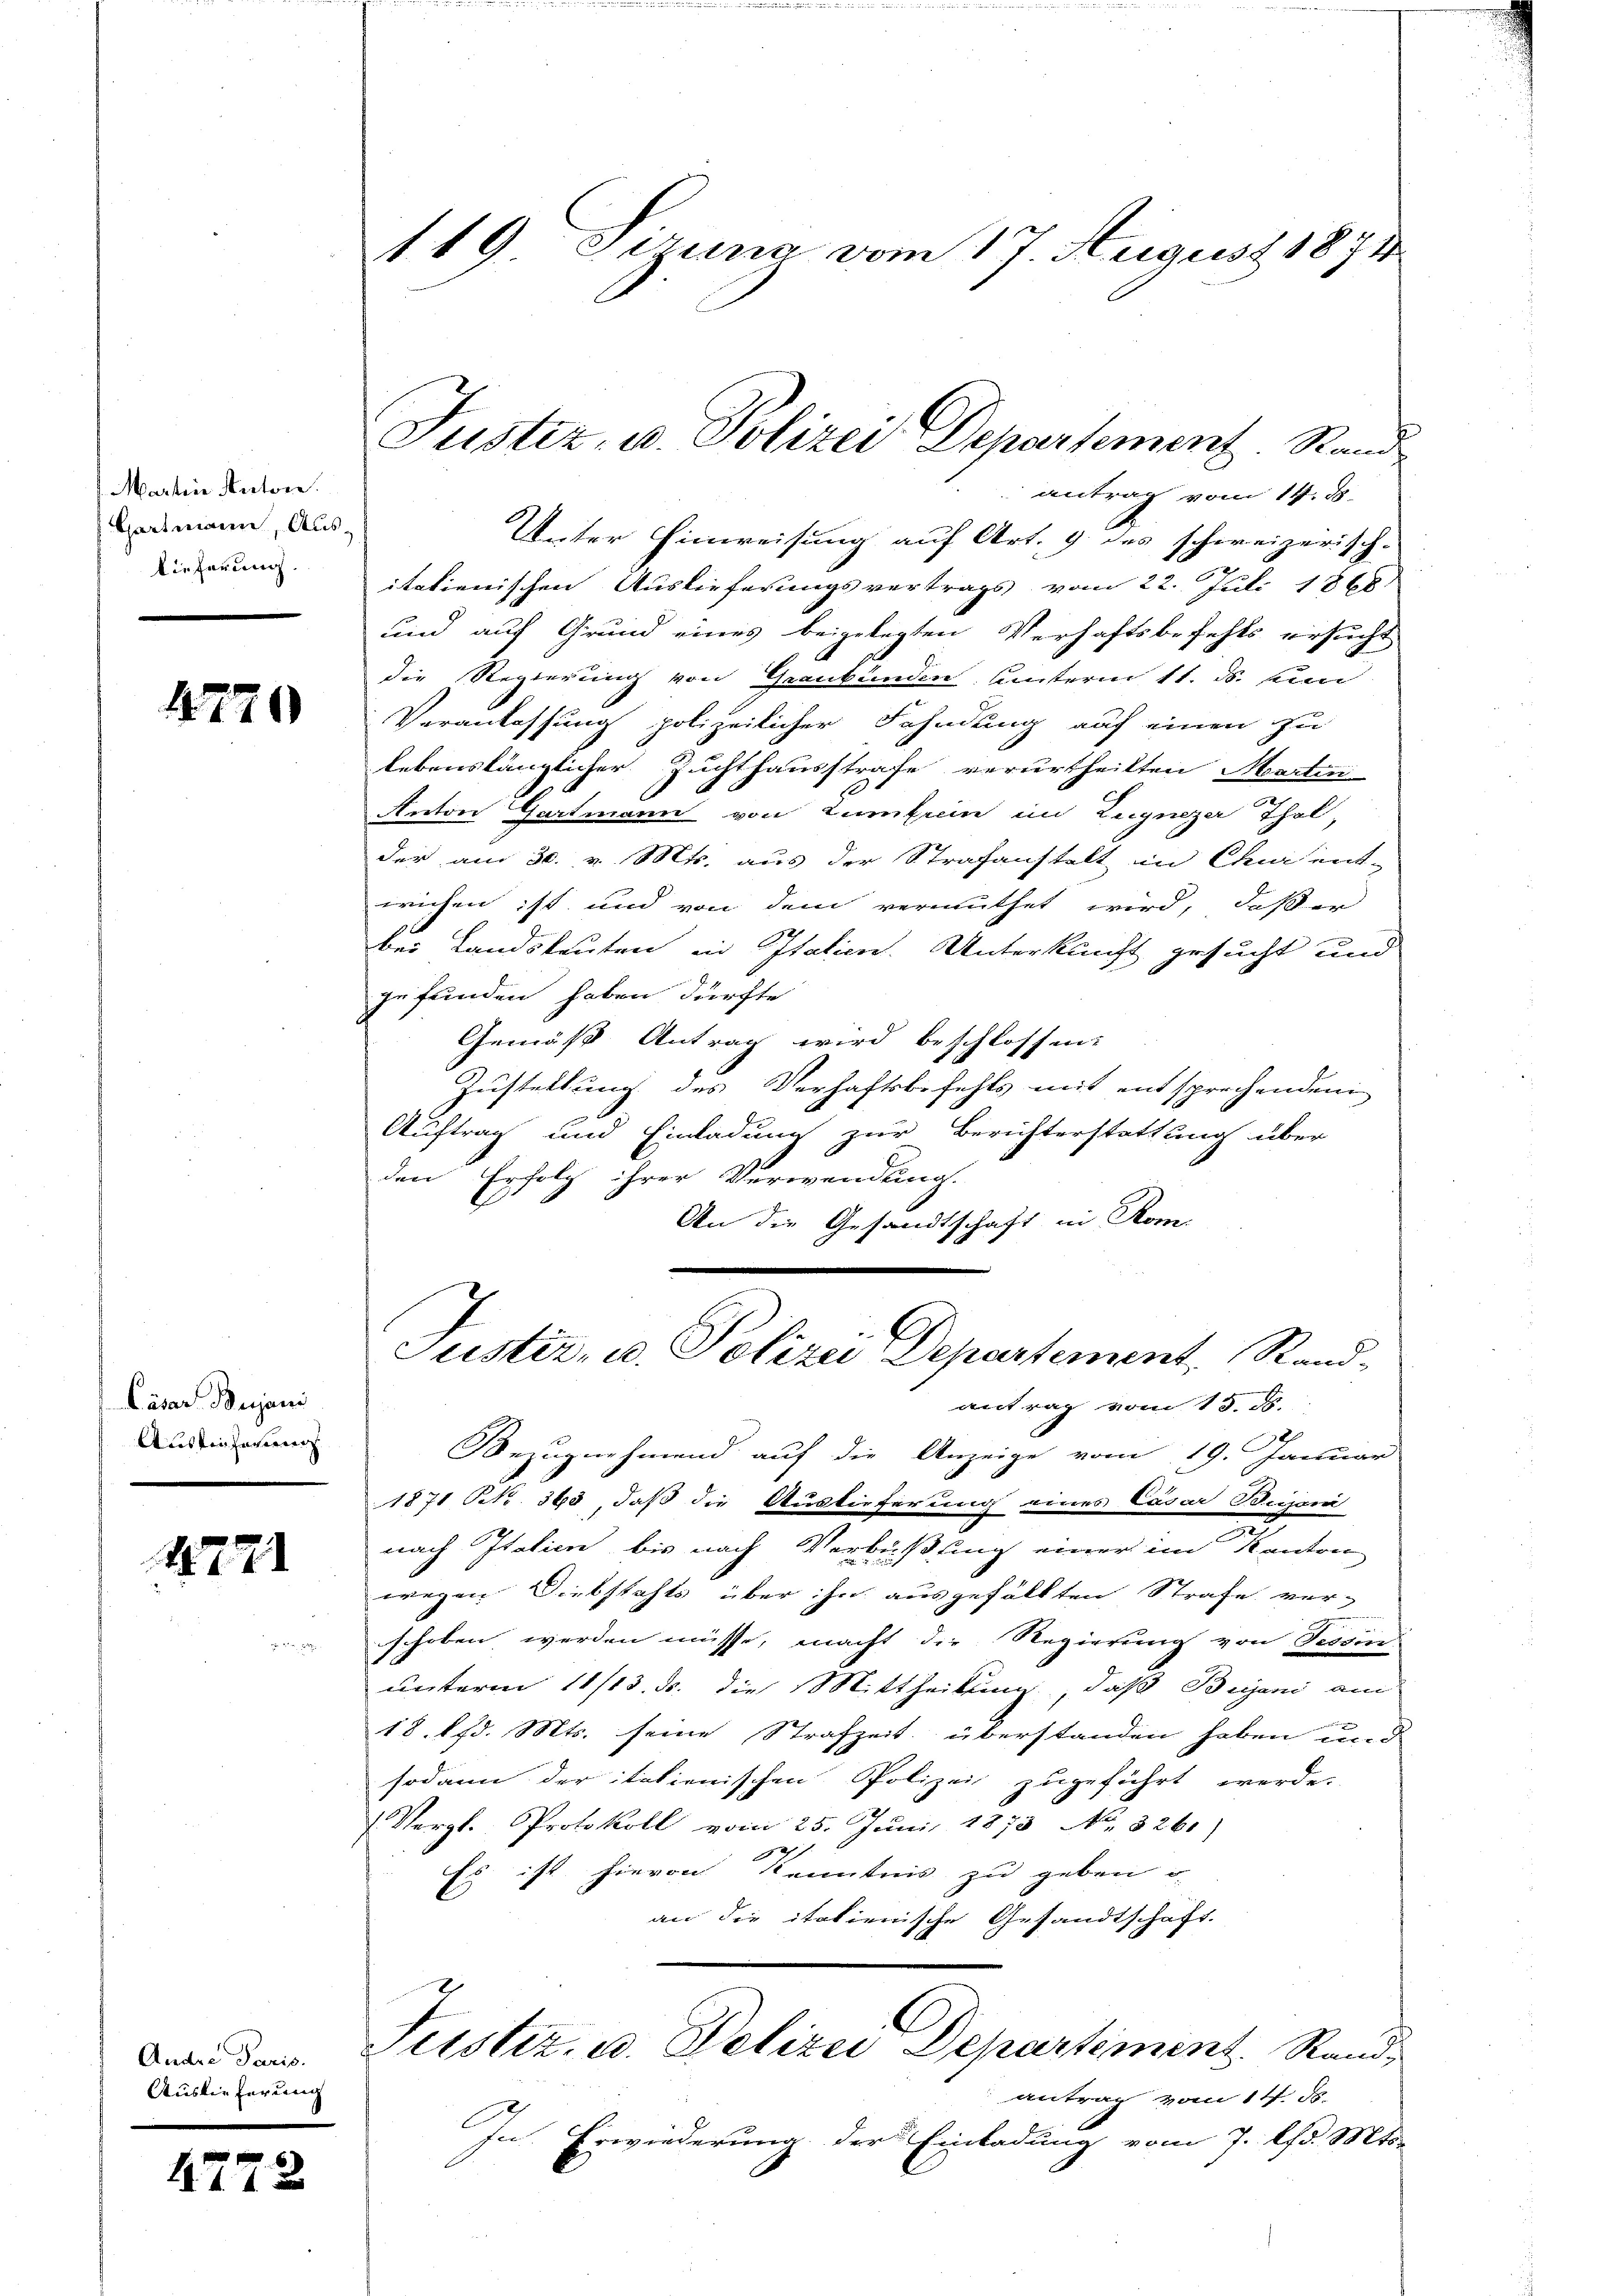
Martine Antone.
Hartmann, Aus-
lieferung.

4770

Cäsar Bujani
Austricherweig

18771

Andre Paris.
Auslieferung

4772

119. Sizung vom 17 August 1874

Justiz, u. Polizei Departement. Stand

antrag vom 14. d.
Unter Hinweisung auf Art. 9 des schweizerisch-
itatienischen Auslieferungsvertrags vom 22. Juli 1868:
und auf Grund eines beigelegten Verhaftsbefehls ersucht
die Regierung von Graubünden Unterm 11. ds. und
Veranlassung polizeilicher Fahndung auf einen zu
lebenslänglicher Zuchthausstrafe verurtheilten Martin
Anton Gartmann von Lumtrein im Zugnezer Thal,
der am 30. v. Mts. aus der Strafanstelt in Chur ent-
reichen ist und von dem vermuthet wird, daß er
bei Landsleuten in Italien. Unterkunft gesucht und
gefunden haben dürfte
Gemäß Antrag wird beschlossen:
Zustellung des Verhaftsbefehls mit entsprochenden
Auftrag und Einladung zur Berichterstattung über
den Erfolg ihrer Verwendung.
An die Gesandtschaft in Rom.
Justiz, u. Polizei Departement, Randantrag vom 15. d.
2
Bezugnehmend auf die Anzeige vom 19. Januar
1871 NR. 363, daß die Auslieferung eines Casar Beiseni
nach Italien bis nach Verbüßung einer im Kanton
wegen Diebstahls über ihn ausgefällten Strafe ver-
schoben werden müsse, macht die Regierung von Tessin
unterm 11/13. ds. die Mittheilung, daß Bejani am
18. 1 d. Mts. seine Strafzeit überstanden haben und
sodann der italienischen Polizei zugeführt werde.
Vergl. Protokoll vom 25. Juni 1873 No. 326.)
81
Es ist hievon Kenntnis zu geben u
an die italienische Gesandtschaft.
Justiz- u. Polizei Departiment. Rand
antrag vom 14. ds.
In Erwiederung der Einladung vom 7. d. Mts.